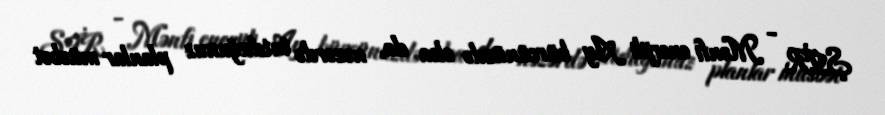
ŞİR - Mənfi enerjili Ay bürcünüzdə olsa da, nəzərdə tutduğunuz planlar müsbət